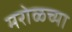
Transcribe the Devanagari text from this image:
मरोळच्या